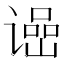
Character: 𬤠